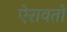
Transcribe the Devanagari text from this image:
ऐरावतो